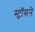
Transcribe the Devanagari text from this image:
स्ट्रॉसने